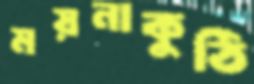
ময়নাকুঠি